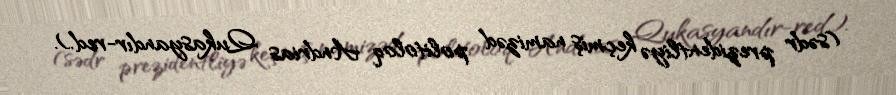
(sədr prezidentliyə keçmiş namizəd politoloq Andrias Qukasyandır-red.).